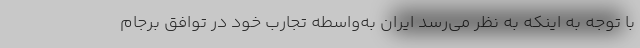
با توجه به اینکه به نظر می‌رسد ایران به‌واسطه تجارب خود در توافق برجام